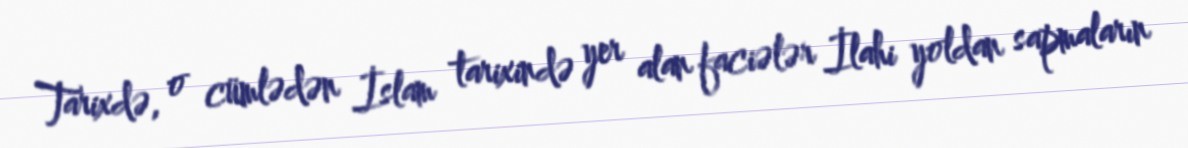
Tarixdə, o cümlədən İslam tarixində yer alan faciələr İlahi yoldan sapmaların